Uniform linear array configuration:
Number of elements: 48
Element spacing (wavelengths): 0.75
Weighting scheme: blackman
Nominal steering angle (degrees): -60
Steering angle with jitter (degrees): -59.865
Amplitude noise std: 0.05
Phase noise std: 0.05

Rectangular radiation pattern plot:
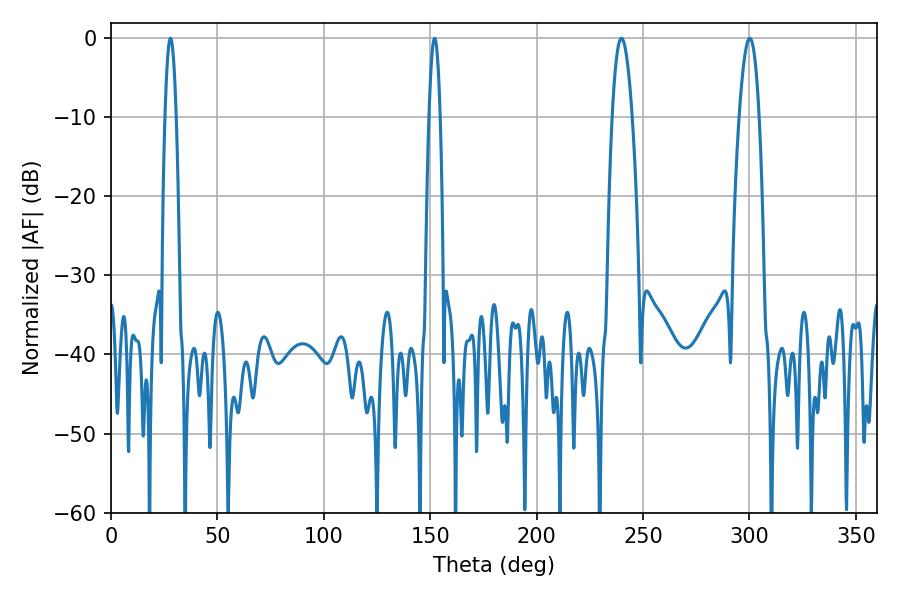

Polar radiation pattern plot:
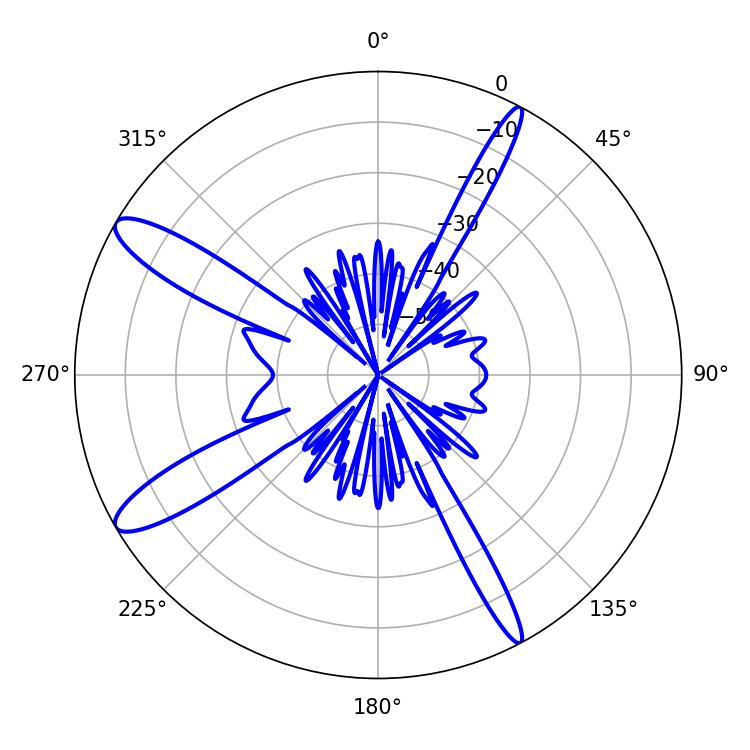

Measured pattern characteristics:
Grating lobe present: TRUE
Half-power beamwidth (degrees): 2.88
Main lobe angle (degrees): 27.9